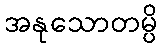
အနုသောတမ္ပိ